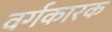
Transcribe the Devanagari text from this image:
वर्गकारक